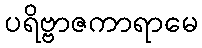
ပရိဗ္ဗာဇကာရာမေ